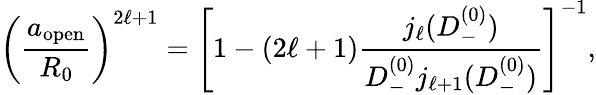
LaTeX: \left(\frac{a_{\mathrm{open}}}{R_{0}}\right)^{2\ell+1}=\left[1-(2\ell+1)\frac{j_{\ell}(D_{-}^{(0)})}{D_{-}^{(0)}j_{\ell+1}(D_{-}^{(0)})}\right]^{-1},